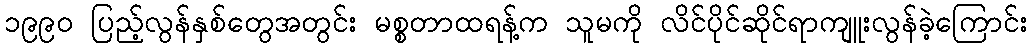
၁၉၉၀ ပြည့်လွန်နှစ်တွေအတွင်း မစ္စတာထရန့်က သူမကို လိင်ပိုင်ဆိုင်ရာကျူးလွန်ခဲ့ကြောင်း